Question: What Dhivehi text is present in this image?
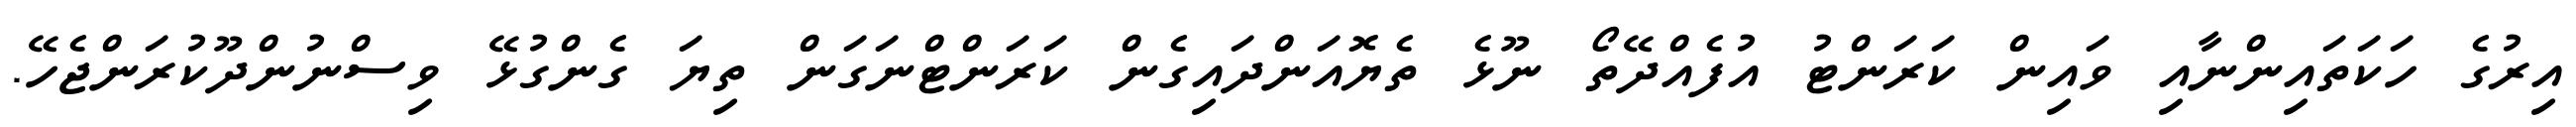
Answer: އިރުގެ ހަކަތައިންނާއި ވައިން ކަރަންޓު އުފެއްދޭތޯ ނޫޅެ ތެޔޮއަންދައިގެން ކަރަންޓްނަގަން ތިޔަ ގެންގުޅޭ ވިސްނުންދޫކުރަންޖެހޭ.